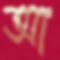
আ